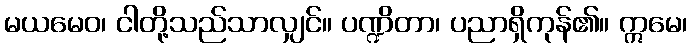
မယမေဝ၊ ငါတို့သည်သာလျှင်။ ပဏ္ဍိတာ၊ ပညာရှိကုန်၏။ ဣမေ၊